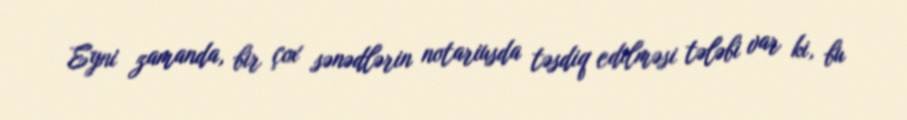
Eyni zamanda, bir çox sənədlərin notariusda təsdiq edilməsi tələbi var ki, bu